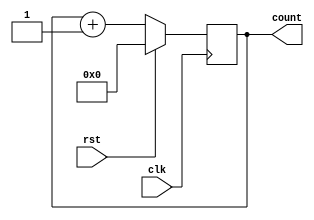
module binary_counter (
    input clk, // clock signal
    input rst, // reset signal
    output reg [3:0] count // binary output count
);

always @(posedge clk) begin
    if (rst) begin
        count <= 4'b0000; // reset counter to zero
    end else begin
        count <= count + 1; // increment counter by one
    end
end

endmodule